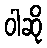
ဝါဆို